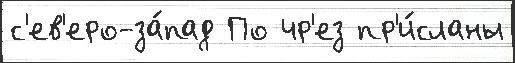
с'ев'еро-за́пад По чр'ез пр'и́сланы